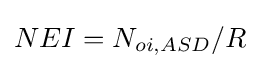
NEI=N_{oi,ASD}/R